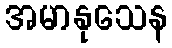
အမာနုသေန